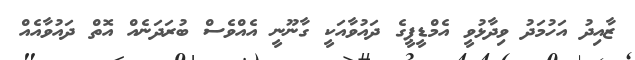
ޒާއިދު އަހުމަދު ވިދާޅުވީ އެމްޑީޕީގެ ދައުވާއަކީ ގާނޫނީ އެއްވެސް ބުރަދަނެއް އޮތް ދައުވާއެއް